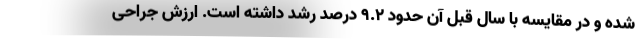
شده و در مقایسه با سال قبل آن حدود 9.2 درصد رشد داشته است. ارزش جراحی